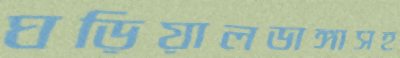
ঘড়িয়ালডাঙ্গাসহ